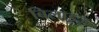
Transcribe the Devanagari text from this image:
बिलाइज़